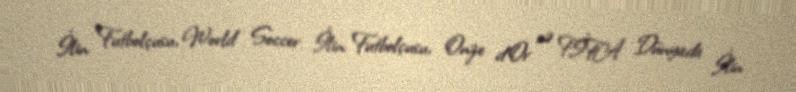
İlin Futbolçusu, World Soccer İlin Futbolçusu, Onze d'Or və FİFA Dünyada İlin